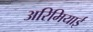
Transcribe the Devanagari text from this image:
अरिमियाई